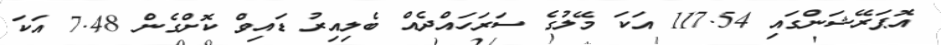
އޮޕަރޭޝަންގައި 117.54 އަކަ މޭލުގެ ސަރަހައްދެއް ބެލިއިރު ޑައިވް ކޮށްގެން 7.48 އަކަ